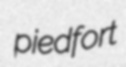
piedfort